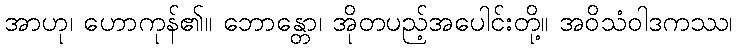
အာဟု၊ ဟောကုန်၏။ ဘောန္တော၊ အိုတပည့်အပေါင်းတို့။ အဝိသံဝါဒကဿ၊